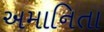
અમાનિતા